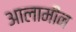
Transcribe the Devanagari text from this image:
आलामीन